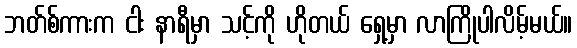
ဘတ်စ်ကားက ငါး နာရီမှာ သင့်ကို ဟိုတယ် ရှေ့မှာ လာကြိုပါလိမ့်မယ်။